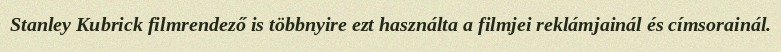
Stanley Kubrick filmrendező is többnyire ezt használta a filmjei reklámjainál és címsorainál.